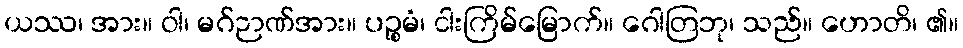
ယဿ၊ အား။ ဝါ၊ မဂ်ဉာဏ်အား။ ပဉ္စမံ၊ ငါးကြိမ်မြောက်။ ဂေါတြဘု၊ သည်။ ဟောတိ၊ ၏။